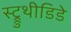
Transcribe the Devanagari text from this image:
स्ट्रुथीडिडे